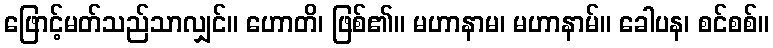
ဖြောင့်မတ်သည်သာလျှင်။ ဟောတိ၊ ဖြစ်၏။ မဟာနာမ၊ မဟာနာမ်။ ခေါပန၊ စင်စစ်။